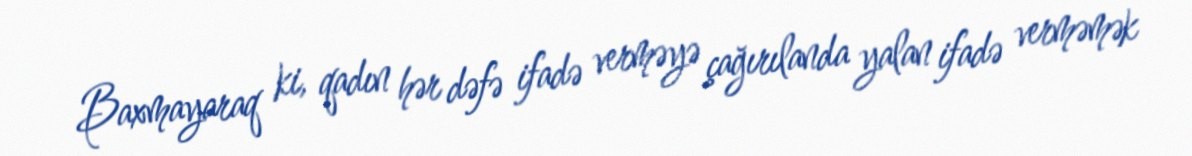
Baxmayaraq ki, qadın hər dəfə ifadə verməyə çağırılanda yalan ifadə verməmək